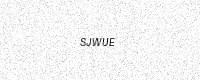
Text: SJWUE